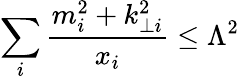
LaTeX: \sum_{i}\frac{m_{i}^{2}+k_{\perp i}^{2}}{x_{i}}\leq\Lambda^{2}